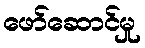
ဖော်ဆောင်မှု